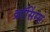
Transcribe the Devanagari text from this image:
क्रॉसिंग्स